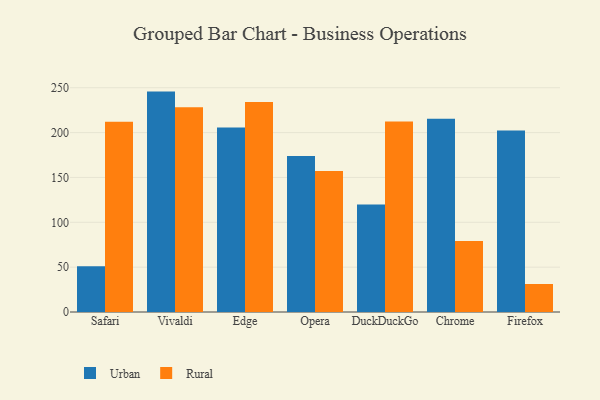
{"axis": {"x": "Browser", "y": "Conversion Rate (%)"}, "legend": ["Rural", "Urban"], "data": [{"x": "Safari", "y": 50.9, "type": "Urban"}, {"x": "Safari", "y": 212.2, "type": "Rural"}, {"x": "Vivaldi", "y": 245.7, "type": "Urban"}, {"x": "Vivaldi", "y": 228.2, "type": "Rural"}, {"x": "Edge", "y": 205.7, "type": "Urban"}, {"x": "Edge", "y": 234.2, "type": "Rural"}, {"x": "Opera", "y": 173.9, "type": "Urban"}, {"x": "Opera", "y": 157.2, "type": "Rural"}, {"x": "DuckDuckGo", "y": 119.8, "type": "Urban"}, {"x": "DuckDuckGo", "y": 212.4, "type": "Rural"}, {"x": "Chrome", "y": 215.4, "type": "Urban"}, {"x": "Chrome", "y": 79.1, "type": "Rural"}, {"x": "Firefox", "y": 202.4, "type": "Urban"}, {"x": "Firefox", "y": 31.2, "type": "Rural"}]}